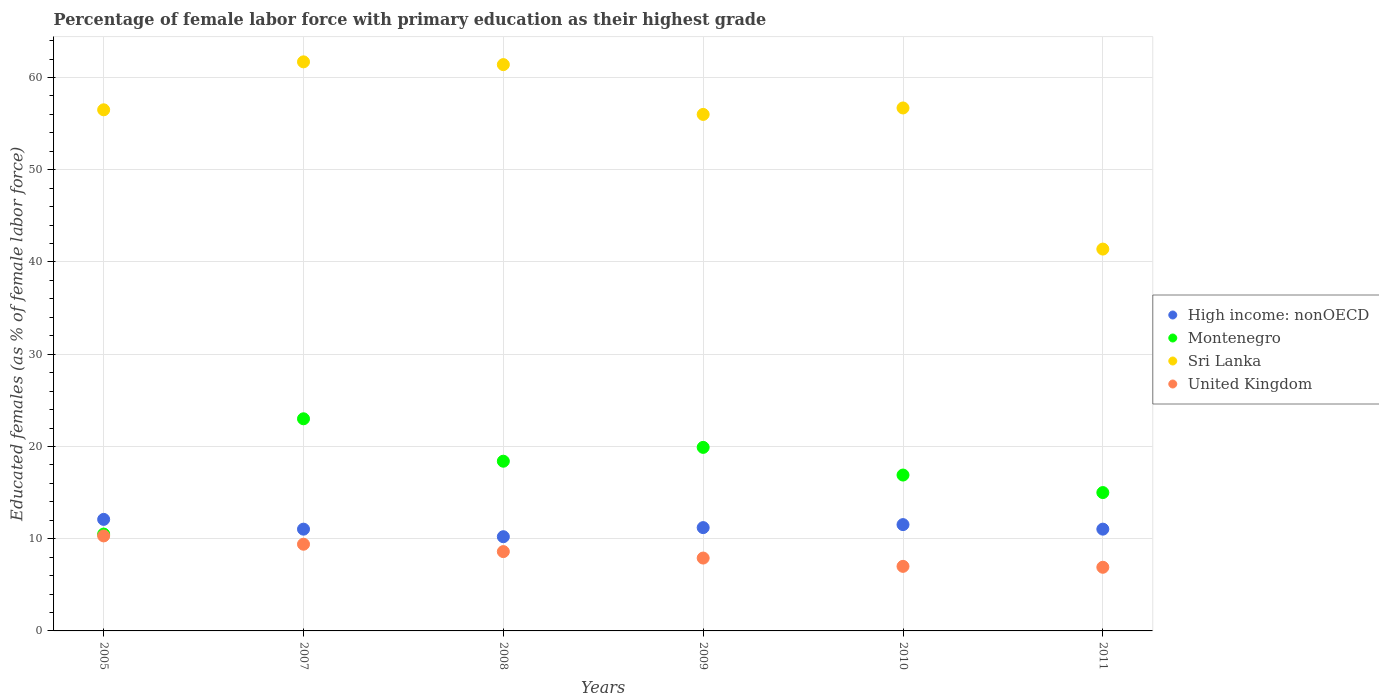
| Years | High income: nonOECD | Montenegro | Sri Lanka | United Kingdom |
 | --- | --- | --- | --- | --- |
 | 2005 | 12.1 | 10.5 | 56.5 | 10.3 |
 | 2007 | 11 | 23 | 61.7 | 9.4 |
 | 2008 | 10.2 | 18.4 | 61.4 | 8.6 |
 | 2009 | 11.2 | 19.9 | 56 | 7.9 |
 | 2010 | 11.5 | 16.9 | 56.7 | 7 |
 | 2011 | 11 | 15 | 41.4 | 6.9 |